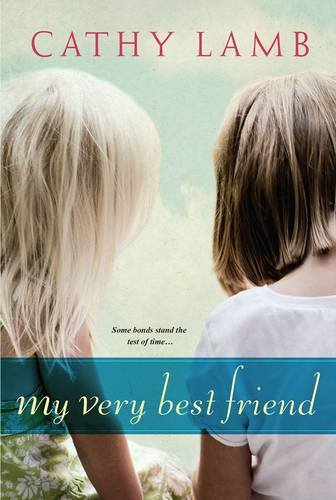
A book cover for My Very Best Friend; Cathy Lamb; Literature & Fiction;